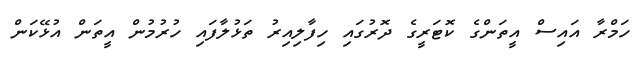
ހަމްރާ އައިސް އީތަންގެ ކޮޓަރީގެ ދޮރުގައި ހިފާލިއިރު ތަޅުލާފައި ހުރުމުން އީތަން އުޅޭކަން